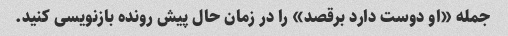
جمله «او دوست دارد برقصد» را در زمان حال پیش رونده بازنویسی کنید.